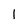
Character: I